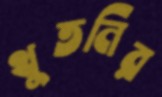
থুতনির